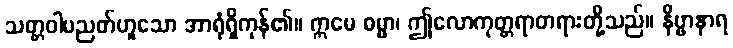
သတ္တဝါပညတ်ဟူသော အာရုံရှိကုန်၏။ ဣမေ ဓမ္မာ၊ ဤလောကုတ္တရာတရားတို့သည်။ နိဗ္ဗာနာရ